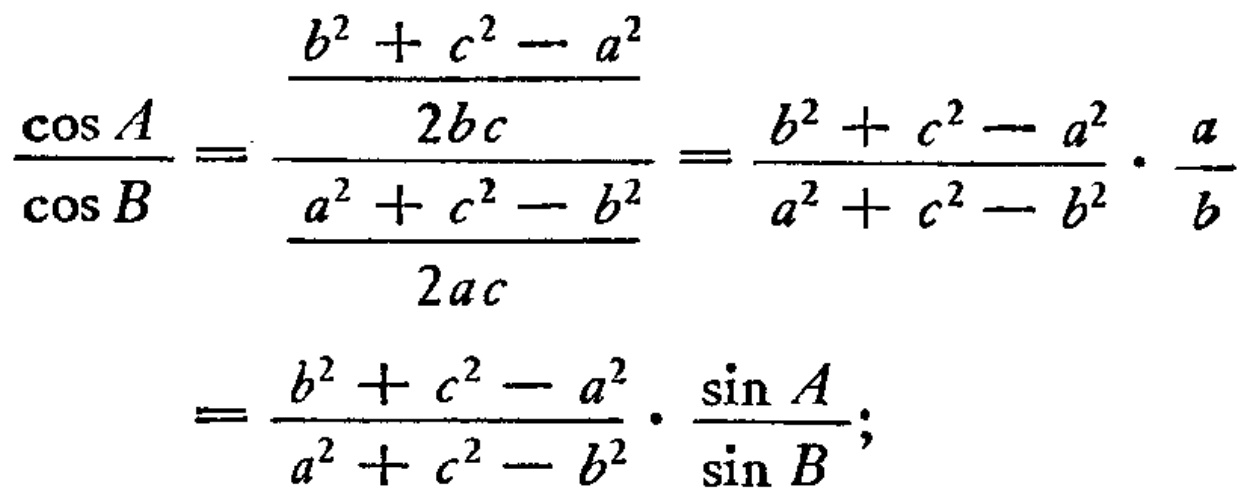
\[\frac{\cos A}{\cos B}=\frac{\frac{b^{2}+c^{2}-a^{2}}{2bc}}{\frac{a^{2}+c^{2}-b^{2}}{2ac}}=\frac{b^{2}+c^{2}-a^{2}}{a^{2}+c^{2}-b^{2}}\cdot\frac{a}{b}=\frac{b^{2}+c^{2}-a^{2}}{a^{2}+c^{2}-b^{2}}\cdot\frac{\sin A}{\sin B};\]